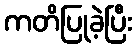
ကတိပြုခဲ့ပြီး